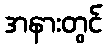
အနားတွင်